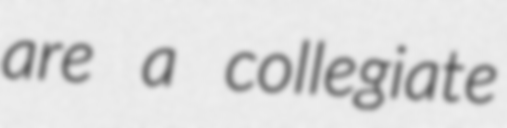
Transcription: are a collegiate